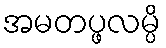
အမတပ္ဖလမ္ပိ